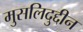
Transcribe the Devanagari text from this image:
मुसलिदुद्दीन